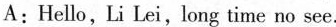
A:Hello, Li Lei,long time no see.